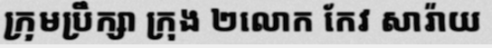
ក្រុមប្រឹក្សា ក្រុង ២លោក កែវ សារ៉ាយ